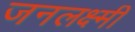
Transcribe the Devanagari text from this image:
जनलक्ष्मी